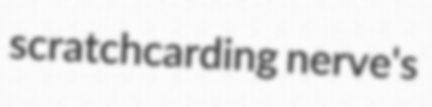
scratchcarding nerve's